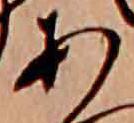
あ